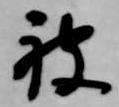
被